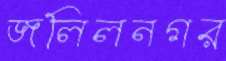
জলিলনগর